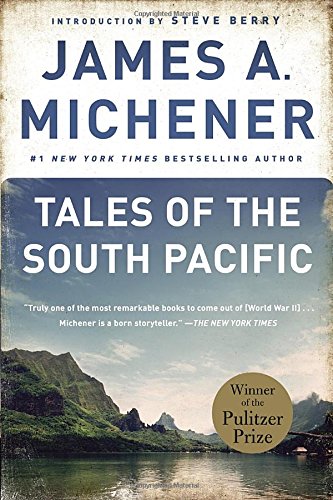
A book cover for Tales of the South Pacific; James A. Michener; Romance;